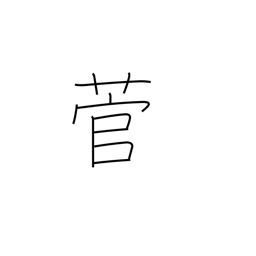
Meaning: sedge